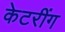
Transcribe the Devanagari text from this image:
केटरींग